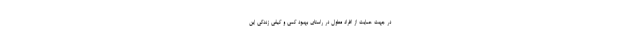
در جهت حمایت از افراد معلول در راستای بهبود کمی و کیفی زندگی این